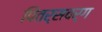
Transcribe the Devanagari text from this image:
पितर्सबर्ग